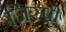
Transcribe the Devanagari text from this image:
जिस्पी